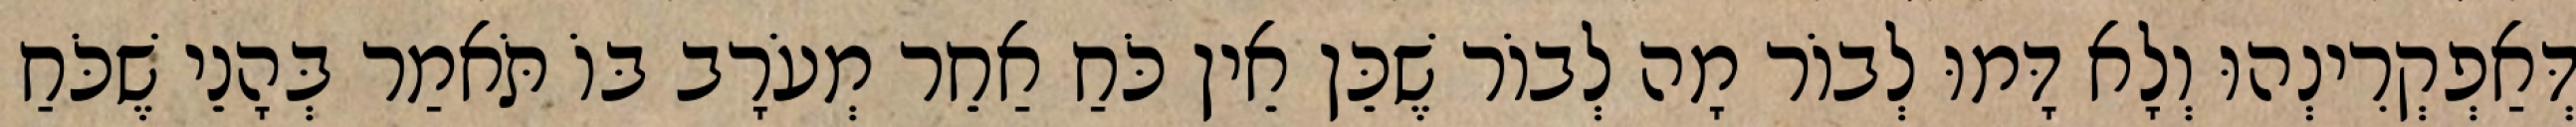
דְּאַפְקְרִינְהוּ וְלָא דָּמוּ לְבוֹר מָה לְבוֹר שֶׁכֵּן אֵין כֹּחַ אַחֵר מְעֹרָב בּוֹ תֹּאמַר בְּהָנֵי שֶׁכֹּחַ